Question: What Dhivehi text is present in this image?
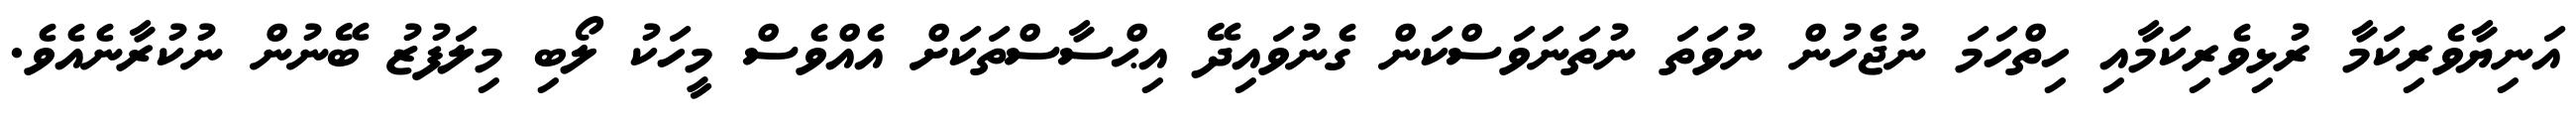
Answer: އަނިޔާވެރިކަމާ ރުޅިވެރިކަމާއި ހިތްހަމަ ނުޖެހުން ނުވަތަ ނުތަނަވަސްކަން ގެނުވައިދޭ އިޙްސާސްތަކަށް އެއްވެސް މީހަކު ލޯބި މިލަފުޒު ބޭނުން ނުކުރާނެއެވެ.